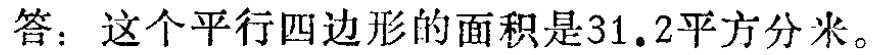
答：这个平行四边形的面积是\(31.2\)平方分米。